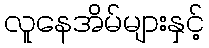
လူနေအိမ်များနှင့်